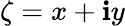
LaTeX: \zeta=x+\mathbf{i}y